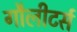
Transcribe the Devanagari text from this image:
गौलीटर्स